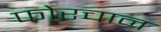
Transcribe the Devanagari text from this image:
फोरचान